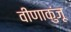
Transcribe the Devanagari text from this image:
वीणाकुंजू